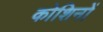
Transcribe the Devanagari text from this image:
कोशिनों